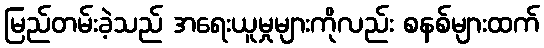
မြည်တမ်းခဲ့သည် အရေးယူမှုများကိုလည်း စနစ်များထက်